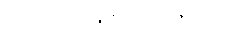
ကိုယ်တော့မအိပ်ခဲ့တော့ဘူး။